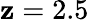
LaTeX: \mathbf{z}=2.5